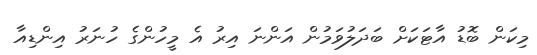
މިކަން ބޮޑު އާޓަކަށް ބަދަލުވަމުން އަންނަ އިރު އެ މީހުންގެ ހުނަރު އިންޑިއާ